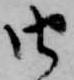
由